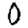
Digit: 0